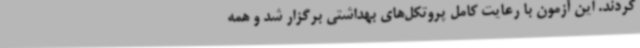
کردند. این آزمون با رعایت کامل پروتکل‌های بهداشتی برگزار شد و همه